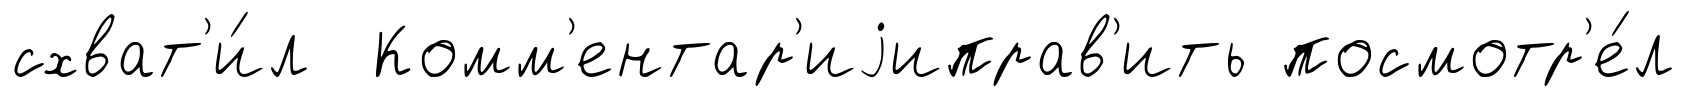
схват'и́л Комм'ентар'иjиправ'ить посмотр'е́л